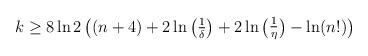
LaTeX: \begin{align*}k\geq 8\ln 2\begin{pmatrix}(n+4)+2\ln\begin{pmatrix}{\frac 1{\delta}}\end{pmatrix}+2\ln\begin{pmatrix}{\frac 1{\eta}}\end{pmatrix}-\ln(n!)\end{pmatrix}\end{align*}